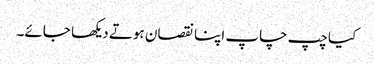
کیا چپ چاپ اپنا نقصان ہوتے دیکھا جائے۔